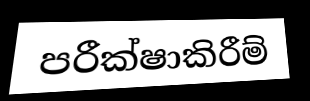
පරීක්ෂාකිරීම්